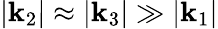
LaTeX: |\mathbf{k}_{2}|\approx|\mathbf{k}_{3}|\gg|\mathbf{k}_{1}|